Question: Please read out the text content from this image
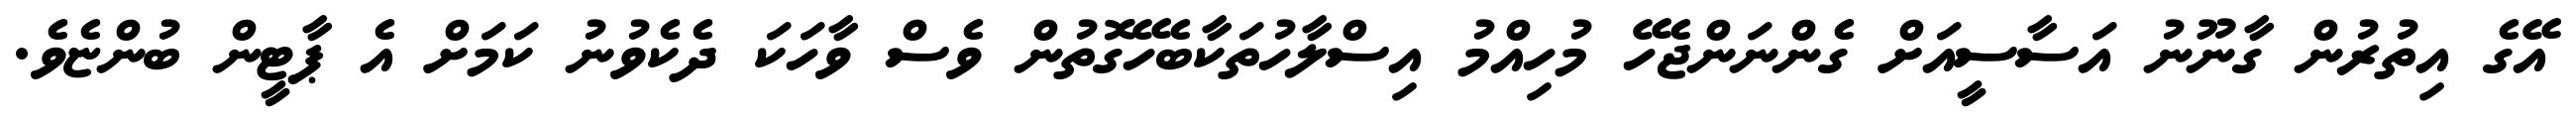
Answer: އޭގެ އިތުރުން ގާނޫނު އަސާސީއަށް ގެންނަންޖެހޭ މުހިއްމު އިސްލާހުތަކާބެހޭގޮތުން ވެސް ވާހަކަ ދެކެވުނު ކަމަށް އެ ޕާޓީން ބުންޏެވެ.